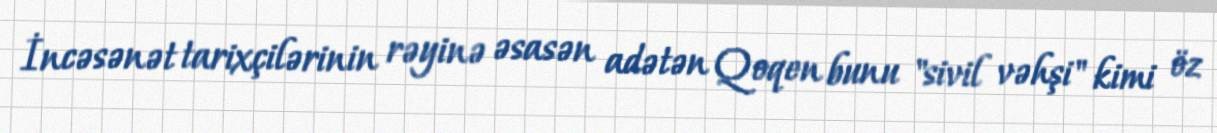
İncəsənət tarixçilərinin rəyinə əsasən adətən Qoqen bunu "sivil vəhşi" kimi öz